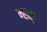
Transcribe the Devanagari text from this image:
म्हासु